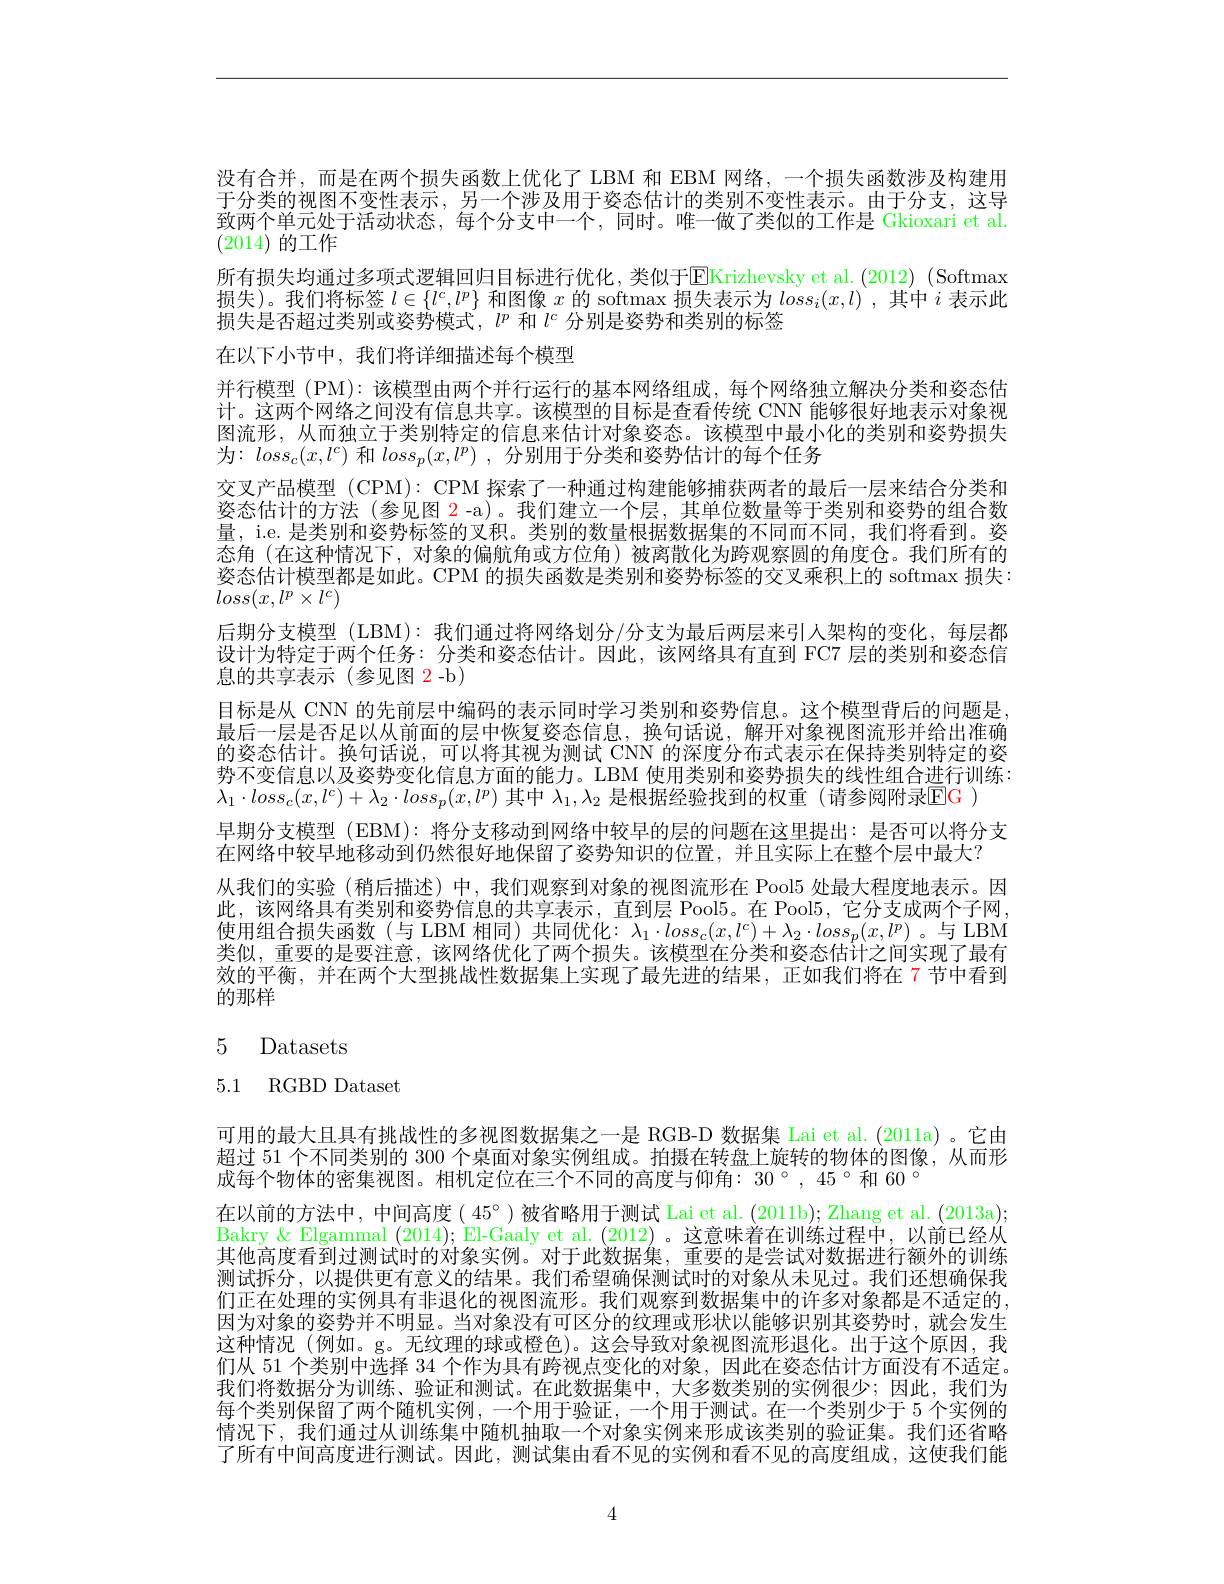
没有合并，而是在两个损失函数上优化了 LBM 和 EBM 网络，一个损失函数涉及构建用于分类的视图不变性表示，另一个涉及用于姿态估计的类别不变性表示。由于分支，这导致两个单元处于活动状态，每个分支中一个，同时。唯一做了类似的工作是 Gkioxari et al. (2014)的工作
所有损失均通过多项式逻辑回归目标进行优化，类似于EKrizhevsky et al. (2012) (Softmax 损失)。我们将标签$l\in\{l^c,l^p\}$和图像$x$的 softmax 损失表示为$loss_i(x,l)$ ,其中$i$表示此损失是否超过类别或姿势模式，$l^p$和$l^c$分别是姿势和类别的标签
在以下小节中，我们将详细描述每个模型
并行模型 (PM): 该模型由两个并行运行的基本网络组成，每个网络独立解决分类和姿态估计。这两个网络之间没有信息共享。该模型的目标是查看传统 CNN 能够很好地表示对象视图流形，从而独立于类别特定的信息来估计对象姿态。该模型中最小化的类别和姿势损失为：$loss_c(x,l^c)$和$loss_p(x,l^p)$ ,分别用于分类和姿势估计的每个任务
交叉产品模型 (CPM): CPM 探索了一种通过构建能够捕获两者的最后一层来结合分类和姿态估计的方法 (参见图 2-a)。我们建立一个层，其单位数量等于类别和姿势的组合数量，i.e. 是类别和姿势标签的叉积。类别的数量根据数据集的不同而不同，我们将看到。姿态角 (在这种情况下，对象的偏航角或方位角)被离散化为跨观察圆的角度仓。我们所有的姿态估计模型都是如此。CPM 的损失函数是类别和姿势标签的交叉乘积上的 softmax 损失： $loss(x,l^p\times l^c)$
后期分支模型 (LBM): 我们通过将网络划分/分支为最后两层来引人架构的变化，每层都设计为特定于两个任务：分类和姿态估计。因此，该网络具有直到 FC7 层的类别和姿态信息的共享表示(参见图 2-b)
目标是从 CNN 的先前层中编码的表示同时学习类别和姿势信息。这个模型背后的问题是， 最后一层是否足以从前面的层中恢复姿态信息，换句话说，解开对象视图流形并给出准确的姿态估计。换句话说，可以将其视为测试 CNN 的深度分布式表示在保持类别特定的姿势不变信息以及姿势变化信息方面的能力。LBM 使用类别和姿势损失的线性组合进行训练： $\lambda_1\cdot loss_c(x,l^c)+\lambda_2\cdot loss_p(x,l^p)$其中$\lambda_1,\lambda_2$是根据经验找到的权重(请参阅附录$\mathsf{EG}$ )
早期分支模型 (EBM): 将分支移动到网络中较早的层的问题在这里提出：是否可以将分支
在网络中较早地移动到仍然很好地保留了姿势知识的位置，并且实际上在整个层中最大？
从我们的实验(稍后描述)中，我们观察到对象的视图流形在 Pool5 处最大程度地表示。因此，该网络具有类别和姿势信息的共享表示，直到层 Pool5。在 Pool5, 它分支成两个子网， 使用组合损失函数(与 LBM 相同) 共同优化：$\lambda_1\cdot loss_c(x,l^c)+\lambda_2\cdot loss_p(x,l^p)$ 。与 LBM 类似，重要的是要注意，该网络优化了两个损失。该模型在分类和姿态估计之间实现了最有效的平衡，并在两个大型挑战性数据集上实现了最先进的结果，正如我们将在 7 节中看到的那样
$$\begin{array}{ll}5&\text{Datasets}\\[6pt]5.1&\text{RGBD Dataset}\end{array}$$
可用的最大且具有挑战性的多视图数据集之一是 RGB-D 数据集 Lai et al. (2011a) 。它由超过 51 个不同类别的 300 个桌面对象实例组成。拍摄在转盘上旋转的物体的图像，从而形成每个物体的密集视图。相机定位在三个不同的高度与仰角：30°,45°和 60°
在以前的方法中，中间高度( 45°)被省略用于测试 Lai et al. (2011b); Zhang et al. (2013a); Bakry & Elgammal (2014); El-Gaaly et al. (2012) 。这意味着在训练过程中，以前已经从其他高度看到过测试时的对象实例。对于此数据集，重要的是尝试对数据进行额外的训练测试拆分，以提供更有意义的结果。我们希望确保测试时的对象从未见过。我们还想确保我们正在处理的实例具有非退化的视图流形。我们观察到数据集中的许多对象都是不适定的， 因为对象的姿势并不明显。当对象没有可区分的纹理或形状以能够识别其姿势时，就会发生这种情况(例如。g。无纹理的球或橙色)。这会导致对象视图流形退化。出于这个原因，我们从 51 个类别中选择 34 个作为具有跨视点变化的对象，因此在姿态估计方面没有不适定。我们将数据分为训练、验证和测试。在此数据集中，大多数类别的实例很少；因此，我们为每个类别保留了两个随机实例，一个用于验证，一个用于测试。在一个类别少于 5 个实例的情况下，我们通过从训练集中随机抽取一个对象实例来形成该类别的验证集。我们还省略了所有中间高度进行测试。因此，测试集由看不见的实例和看不见的高度组成，这使我们能

4